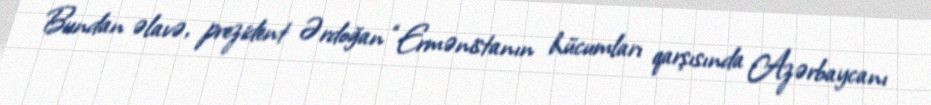
Bundan əlavə, prezident Ərdoğan “Ermənistanın hücumları qarşısında Azərbaycanı